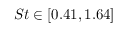
S t \in [ 0 . 4 1 , 1 . 6 4 ]